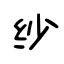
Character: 纱